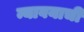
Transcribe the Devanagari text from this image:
न्यावयाची